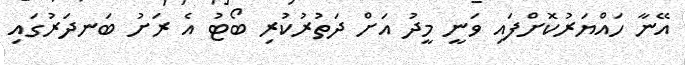
އޭނާ ހައްޔަރުކޮށްފައި ވަނީ މީދު އަށް ދަތުރުކުރި ބޯޓު އެ ރަށު ބަނދަރުގައި